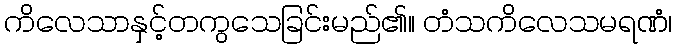
ကိလေသာနှင့်တကွသေခြင်းမည်၏။ တံသကိလေသမရဏံ၊